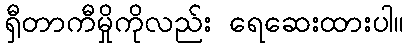
ရှီတာကီမှိုကိုလည်း ရေဆေးထားပါ။